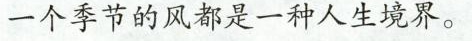
一个季节的风都是一种人生境界。